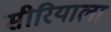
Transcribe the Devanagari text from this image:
सीरियाला